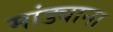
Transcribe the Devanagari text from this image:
मांड्याना